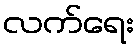
လက်ရေး